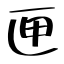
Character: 匣